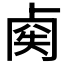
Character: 𠧿